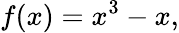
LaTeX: f(x)=x^{3}-x,